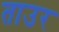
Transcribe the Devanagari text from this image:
ताउर